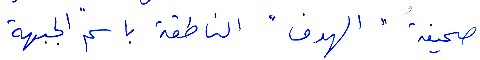
صحيفة "الهدف" الناطقة باسم الجبهة